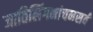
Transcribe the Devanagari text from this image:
जातिलिंगनांचनसर्वं